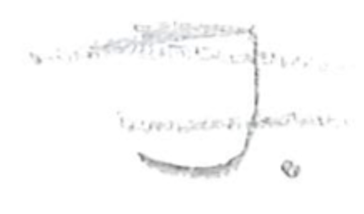
Text: J.
Cross-out: double-line
Writing tool: pencil